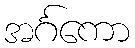
အင်္ဂကော